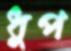
ধুপ